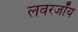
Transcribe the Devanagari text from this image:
लवरजॉय